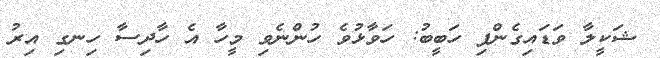
ޝަކީލާ ވަޑައިގެންފި ހަބީބު: ހަވާޅުވެ ހުންނެވި މީހާ އެ ހާދިސާ ހިނގި އިރު